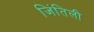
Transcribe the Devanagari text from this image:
जिंतिली